Annual report of the Punjab Veterinary College and of the Civil Veterinary Department, Punjab - 1926-1932
Year: 1926
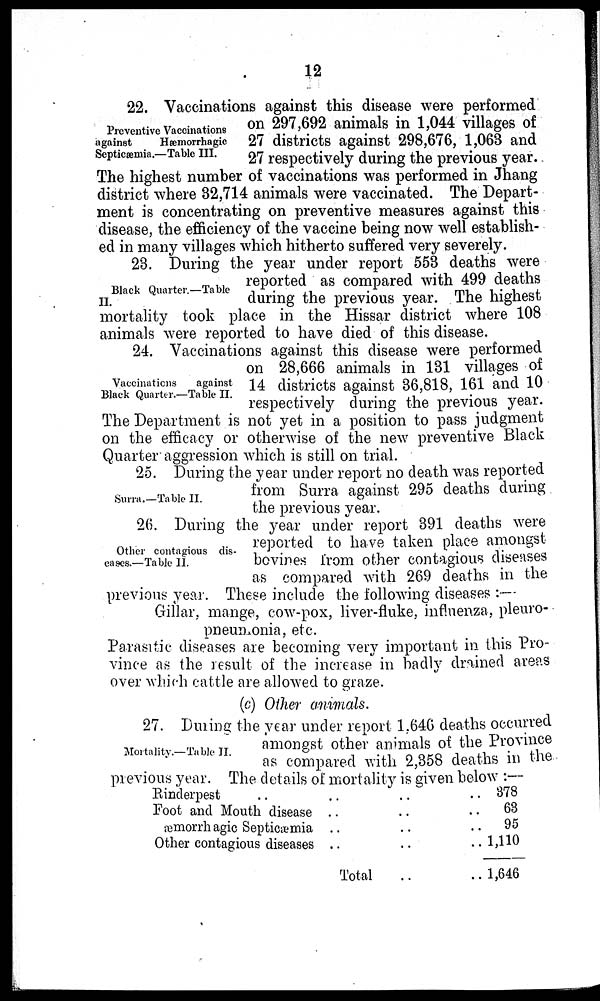
12
Preventive Vaccinations
against
Hæmorrhagic
Septicæmia.—Table III.
22. Vaccinations against this disease were performed
on 297,692 animals in 1,044 villages of
27 districts against 298,676, 1,063 and
27 respectively during the previous year.
The highest number of vaccinations was performed in Jhang
district where 32,714 animals were vaccinated. The Depart-
ment is concentrating on preventive measures against this
disease, the efficiency of the vaccine being now well establish-
ed in many villages which hitherto suffered very severely.
Black Quarter.—Table
II.
23. During the year under report 553 deaths were
reported as compared with 499 deaths
during the previous year. The highest
mortality took place in the Hissar district where 108
animals were reported to have died of this disease.
Vaccinations
against
Black Quarter.—Table II.
24. Vaccinations against this disease were performed
on 28,666 animals in 131 villages of
14 districts against 36,818, 161 and 10
respectively during the previous year.
The Department is not yet in a position to pass judgment
on the efficacy or otherwise of the new preventive Black
Quarter aggression which is still on trial.
Surra.—Table II.
25. During the year under report no death was reported
from Surra against 295 deaths during
the previous year.
Other contagious dis-
eases.—Table II.
26. During the year under report 391 deaths were
reported to have taken place amongst
bovines from other contagious diseases
as compared with 269 deaths in the
previous year. These include the following diseases :—
Gillar, mange, cow-pox, liver-fluke, influenza, pleuro-
pneumonia, etc.
Parasitic diseases are becoming very important in this Pro-
vince as the result of the increase in badly drained areas
over which cattle are allowed to graze.
(c) Other animals.
Mortality.—Table II.
27. During the year under report 1,646 deaths occurred
amongst other animals of the Province
as compared with 2,358 deaths in the
previous year. The details of mortality is given below :—
Rinderpest
Foot and Mouth disease
æmorrhagic Septicæmia
Other contagious diseases
..
..
..
..
Total
..
..
..
..
..
..
. .
..
..
..
378
63
95
1,110
1,646